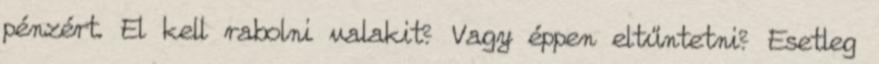
pénzért. El kell rabolni valakit? Vagy éppen eltűntetni? Esetleg